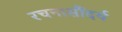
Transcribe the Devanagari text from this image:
रचनासौंदर्य